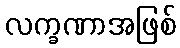
လက္ခဏာအဖြစ်